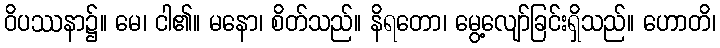
ဝိပဿနာ၌။ မေ၊ ငါ၏။ မနော၊ စိတ်သည်။ နိရတော၊ မွေ့လျော်ခြင်းရှိသည်။ ဟောတိ၊